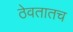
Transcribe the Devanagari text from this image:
ठेवतातच